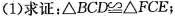
(1)求证：$$△ B C D ≌ △ F C E$$；